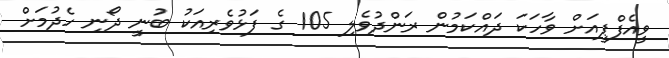
ވީއެފްޕީއަށް ވާހަކަ ދައްކަމުން ރަންދުވެލި 105 ގެ ފަޅުވެރިއަކު ބުނީ ދޯނި ހެދުމަށް